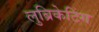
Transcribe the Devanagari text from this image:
लुब्रिकेटिंग